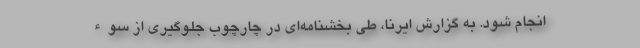
انجام شود. به گزارش ایرنا، طی بخشنامه‌ای در چارچوب جلوگیری از سوء